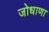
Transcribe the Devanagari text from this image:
जोधाणा